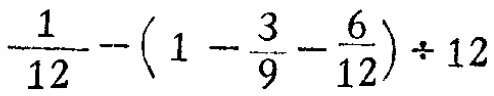
$\frac{1}{12}-(1 - \frac{3}{9}-\frac{6}{12})\div 12$